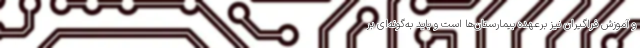
و آموزش فراگیران نیز برعهده بیمارستان‌ها است و باید به‌گونه‌ای بر